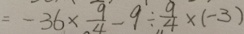
= - 3 6 \times \frac { 9 } { 4 } - 9 \div \frac { 9 } { 4 } \times ( - 3 )